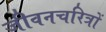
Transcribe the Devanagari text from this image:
जीवनचरित्रों